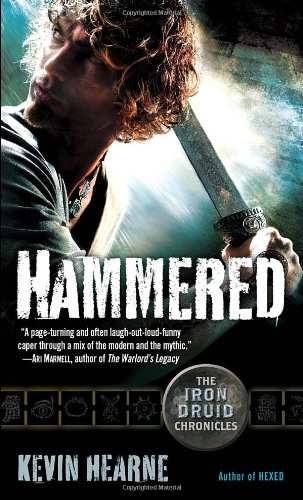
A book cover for Hammered (Iron Druid Chronicles); Kevin Hearne; Literature & Fiction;